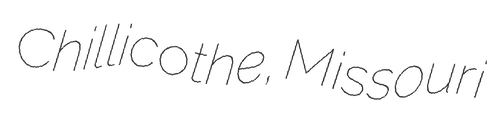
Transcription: Chillicothe, Missouri